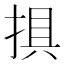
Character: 𢮭